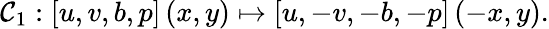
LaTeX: \mathcal{C}_{1}:\left[u,v,b,p\right]\left(x,y\right)\mapsto\left[u,-v,-b,-p\right]\left(-x,y\right).